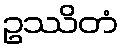
ဥဿိတံ